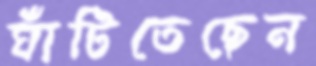
ঘাঁটিতেছেন